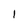
Character: 1